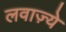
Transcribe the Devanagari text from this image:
लवाज़्ये